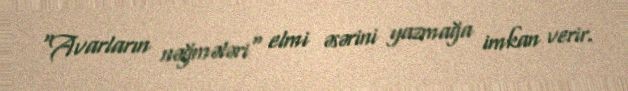
"Avarların nəğmələri" elmi əsərini yazmağa imkan verir.